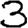
Digit: 3